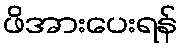
ဖိအားပေးရန်